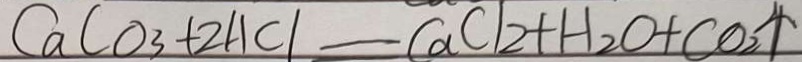
C a C O _ { 3 } + 2 H C l = C a C l _ { 2 } + H _ { 2 } O + C O _ { 2 } \uparrow